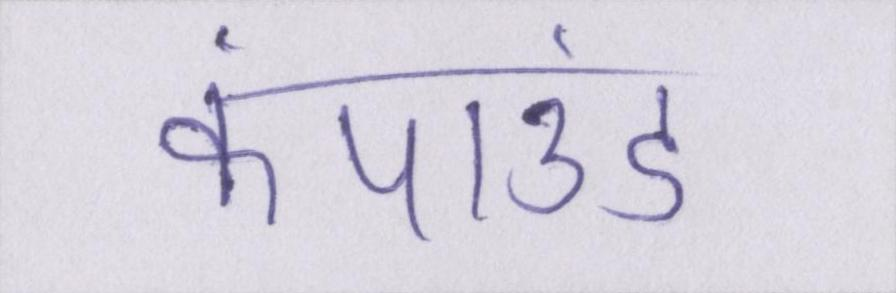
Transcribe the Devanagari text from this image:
कंपाउंड